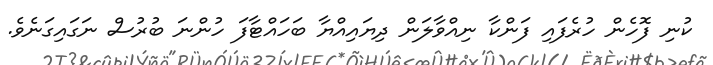
ކުނި ފޮހެން ހުރެފައި ފަންކާ ނިއްވާލަން ދިޔައިއްޔާ ބަހައްޓާފަ ހުންނަ ބުރުސް ނަގައިގަނެވެ.